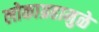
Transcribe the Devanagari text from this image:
लोकाग्रहामुळे